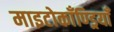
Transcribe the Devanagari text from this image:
माइटोकाँण्ड्रियाँ